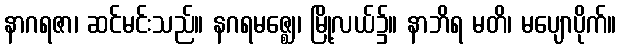
နာဂရဇာ၊ ဆင်မင်းသည်။ နဂရမဇ္ဈေ၊ မြို့လယ်၌။ နာဘိရ မတိ၊ မပျောပိုက်။